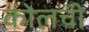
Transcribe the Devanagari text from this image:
कोलची